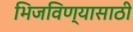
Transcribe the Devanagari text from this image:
भिजविण्यासाठी